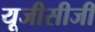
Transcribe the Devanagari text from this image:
यूजीसीजी